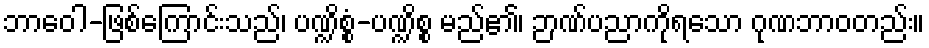
ဘာဝေါ-ဖြစ်ကြောင်းသည်၊ ပဏ္ဍိစ္စံ-ပဏ္ဍိစ္စ မည်၏၊ ဉာဏ်ပညာကိုရသော ဂုဏဘာဝတည်း။